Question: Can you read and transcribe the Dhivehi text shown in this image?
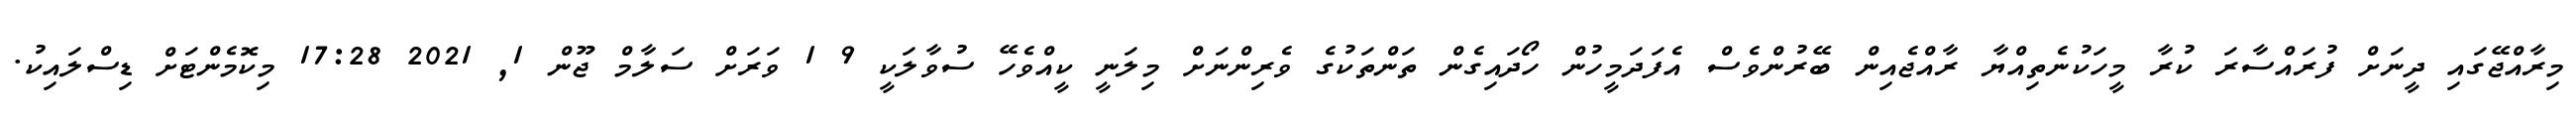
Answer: މިރާއްޖޭގައި ދީނަށް ފުރައްސާރަ ކުރާ މީހަކުނެތިއްޔާ ރާއްޖެއިން ބޭރުންވެސް އެފަދަމީހުން ހޯދައިގެން ތަންތަކުގެ ވެރިންނަށް މިލަނީ ކީއްވެހޭ ސުވާލަކީ 9 1 ވަރަށް ސަލާމް ޖޫން 1, 2021 17:28 މިކޮމެންޓަށް ޑިސްލައިކު.